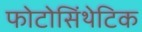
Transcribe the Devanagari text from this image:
फोटोसिंथेटिक